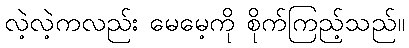
လဲ့လဲ့ကလည်း မေမေ့ကို စိုက်ကြည့်သည်။